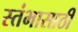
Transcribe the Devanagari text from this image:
स्तंभासाठी